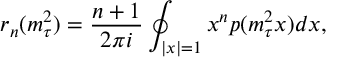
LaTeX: r _ { n } ( m _ { \tau } ^ { 2 } ) = \frac { n + 1 } { 2 \pi i } \oint _ { | x | = 1 } x ^ { n } p ( m _ { \tau } ^ { 2 } x ) d x ,